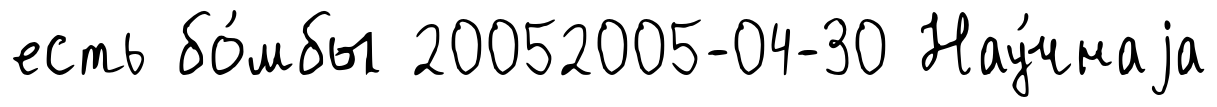
есть бо́мбы 20052005-04-30 Нау́чнаjа